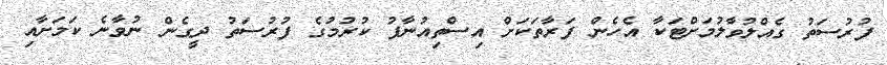
ފުރުސަތު ގެއްލުވާލުމަށްޓަކާ އެހެން ފަރާތަކަށް އިސްތިއުނާފު ކުރުމުގެ ފުރުސަތު ދީގެން ނުވާނެ ކަމަށާއި